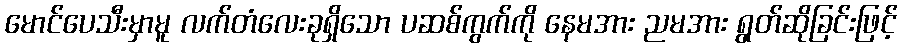
မောင်ပေသီးမှာမူ လက်တံလေးခုရှိသော ပဆစ်ကွက်ကို နေမအား ညမအား ရွတ်ဆိုခြင်းဖြင့်